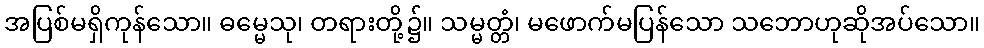
အပြစ်မရှိကုန်သော။ ဓမ္မေသု၊ တရားတို့၌။ သမ္မတ္တံ၊ မဖောက်မပြန်သော သဘောဟုဆိုအပ်သော။